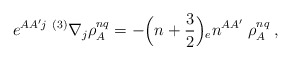
\begin{align*}e^{AA'j} \; { }^{(3)}\nabla_{j}\rho_{A}^{nq}=-\Bigr(n+{3\over 2}\Bigr){_{e}n^{AA'}} \; \rho_{A}^{nq} \; ,\end{align*}